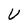
Character: V